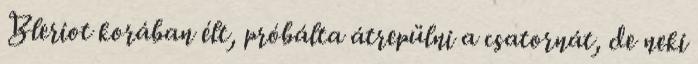
Bleriot korában élt, próbálta átrepülni a csatornát, de neki